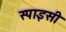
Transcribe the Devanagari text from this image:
स्पाइसी